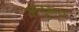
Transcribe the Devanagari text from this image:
अनुरूध